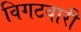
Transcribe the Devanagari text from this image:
विगटवारी